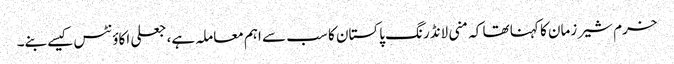
خرم شیر زمان کا کہنا تھا کہ منی لانڈرنگ پاکستان کا سب سے اہم معاملہ ہے، جعلی اکاؤنٹس کیسے بنے۔